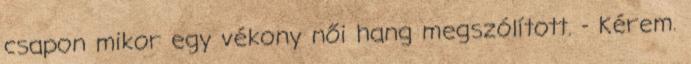
csapon mikor egy vékony női hang megszólított. - Kérem.